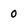
Character: 0